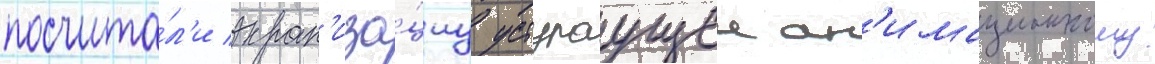
посчита́л'и экран'иза́циу уступаущеи ан'имационному